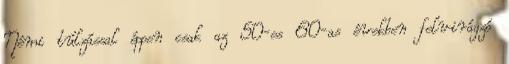
Némi túlzással éppen csak az 50-es 60-as években felvirágzó